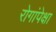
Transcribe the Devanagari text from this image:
रोगांपेक्षा